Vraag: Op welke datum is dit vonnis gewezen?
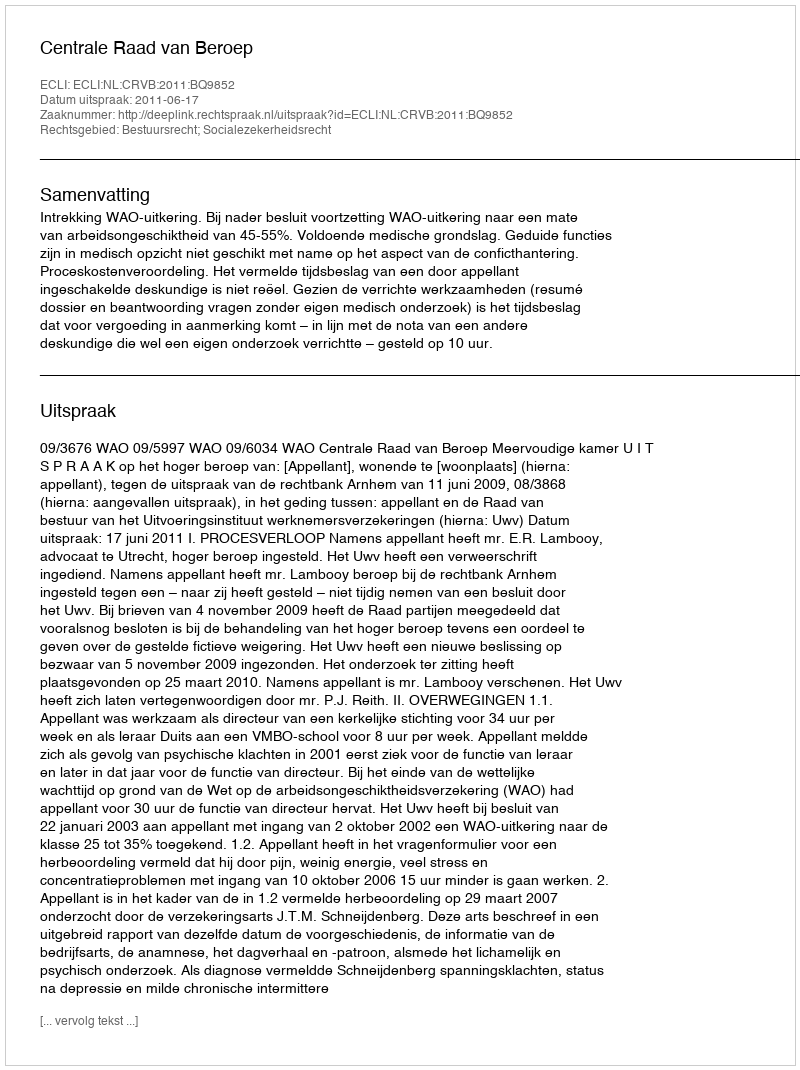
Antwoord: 2011-06-17